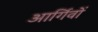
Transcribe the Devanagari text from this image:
आर्गिवों